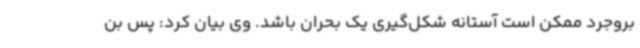
بروجرد ممکن است آستانه شکل‌گیری یک بحران باشد. وی بیان کرد: پس بن